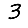
Digit: 3